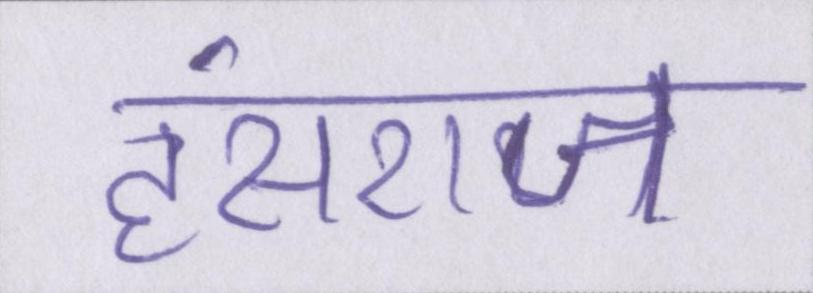
हंसराज